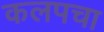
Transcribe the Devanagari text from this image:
कलपचा